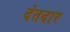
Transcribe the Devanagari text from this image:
दंतदार